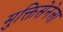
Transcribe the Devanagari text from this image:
मुक्तिसेनेला